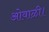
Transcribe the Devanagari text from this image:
ओवाळी।